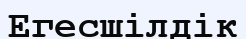
Егесшілдік